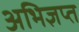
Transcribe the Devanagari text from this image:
अभिज्ञप्त